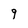
Character: 9